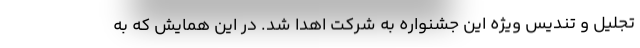
تجلیل و تندیس ویژه این جشنواره به شرکت اهدا شد. در این همایش که به